Vaccination in the Punjab 1919-1929 - 1919-1929
Year: 1919
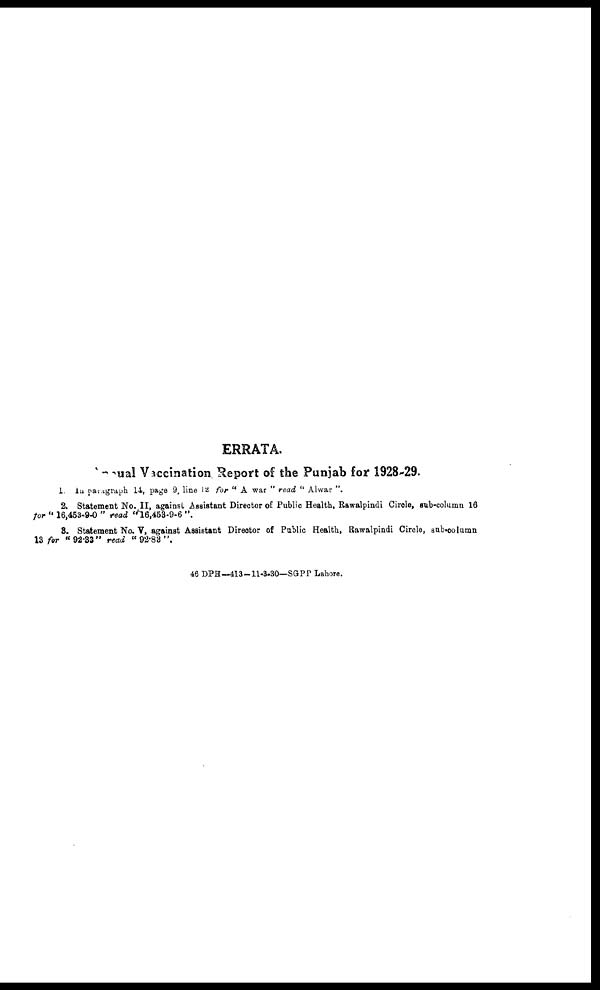
ERRATA.
Annual Vaccination Report of the Punjab for 1928-29.
1. In paragraph 14, page 9, line l2 for " A war " read " Alwar ".
2. Statement No. II, against Assistant Director of Public Health, Rawalpindi Circle, sub-column 16
for "16,453-9-0 " read "16,453-9-6 ".
3. Statement No. V, against Assistant Director of Public Health, Rawalpindi Circle, sub-column
13 for " 92.33" read " 92.83 ".
46 DPH—413-11-3-30—SGPP Lahore.